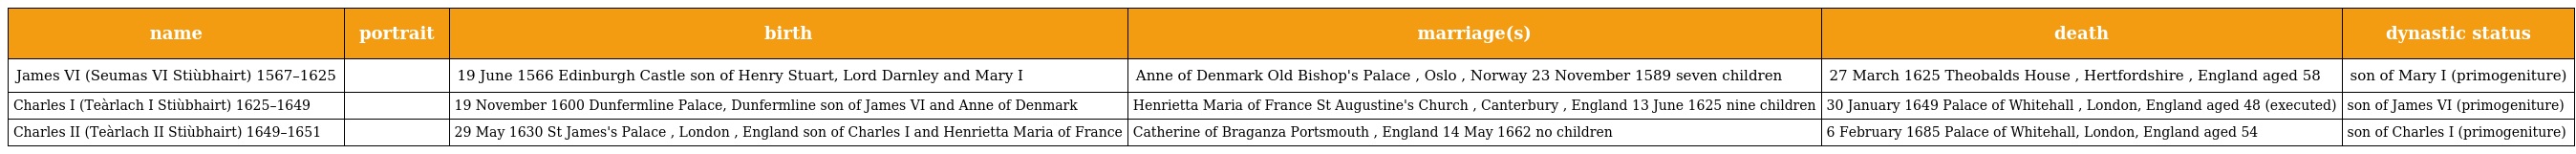
| name | portrait | birth | marriage(s) | death | dynastic status |
 | --- | --- | --- | --- | --- | --- |
 | James VI (Seumas VI Stiùbhairt) 1567–1625 |  | 19 June 1566 Edinburgh Castle son of Henry Stuart, Lord Darnley and Mary I | Anne of Denmark Old Bishop's Palace , Oslo , Norway 23 November 1589 seven children | 27 March 1625 Theobalds House , Hertfordshire , England aged 58 | son of Mary I (primogeniture) |
 | Charles I (Teàrlach I Stiùbhairt) 1625–1649 |  | 19 November 1600 Dunfermline Palace, Dunfermline son of James VI and Anne of Denmark | Henrietta Maria of France St Augustine's Church , Canterbury , England 13 June 1625 nine children | 30 January 1649 Palace of Whitehall , London, England aged 48 (executed) | son of James VI (primogeniture) |
 | Charles II (Teàrlach II Stiùbhairt) 1649–1651 |  | 29 May 1630 St James's Palace , London , England son of Charles I and Henrietta Maria of France | Catherine of Braganza Portsmouth , England 14 May 1662 no children | 6 February 1685 Palace of Whitehall, London, England aged 54 | son of Charles I (primogeniture) |